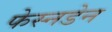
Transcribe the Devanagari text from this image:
फेस्नडेन